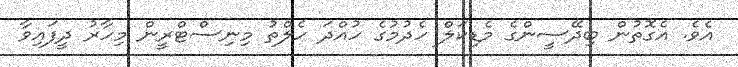
އެވެ. އެގޮތުން ބިދޭސީންގެ މެޑިކަލް ހެދުމުގެ ހުއްދަ ހެލްތު މިނިސްޓްރީން މިހާރު ދީފައިވާ